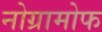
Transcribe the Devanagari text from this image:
नोग्रामोफ